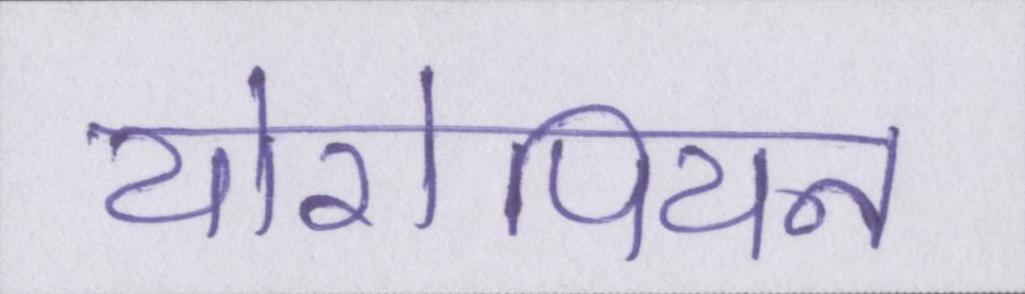
योरोपियन